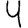
Digit: 4